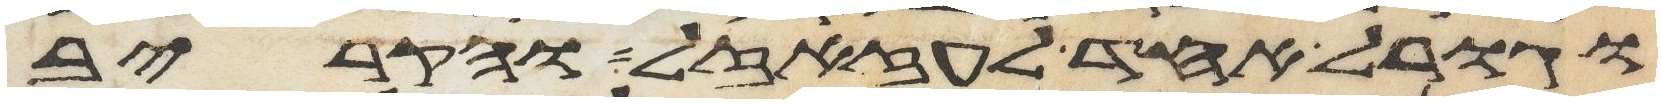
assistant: וגורל אחד לעזזאל והקריב